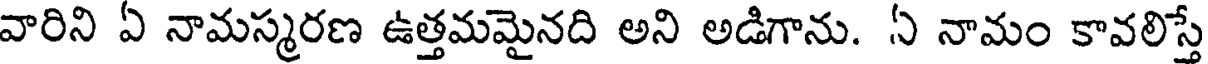
వారిని ఏ నామస్మరణ ఉత్తమమైనది అని అడిగాను. ఏ నామం కావలిస్తే